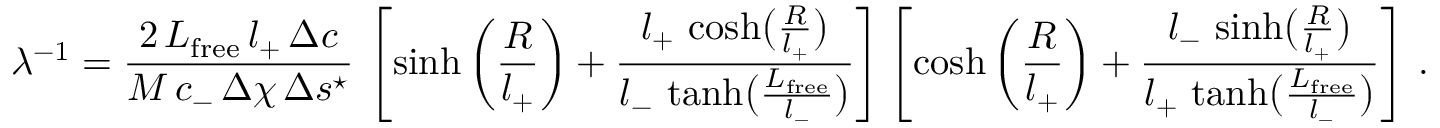
\lambda ^ { - 1 } = \frac { 2 \, L _ { \mathrm { f r e e } } \, l _ { + } \, \Delta c } { M \, c _ { - } \, \Delta \chi \, \Delta s ^ { \star } } \, \left[ \sinh \left( \frac { R } { l _ { + } } \right) + \frac { l _ { + } \, \cosh \bigl ( \frac { R } { l _ { + } } \bigr ) } { l _ { - } \, \operatorname { t a n h } \bigl ( \frac { L _ { \mathrm { f r e e } } } { l _ { - } } \bigr ) } \right] \left[ \cosh \left( \frac { R } { l _ { + } } \right) + \frac { l _ { - } \, \sinh \bigl ( \frac { R } { l _ { + } } \bigr ) } { l _ { + } \, \operatorname { t a n h } \bigl ( \frac { L _ { \mathrm { f r e e } } } { l _ { - } } \bigr ) } \right] \, .